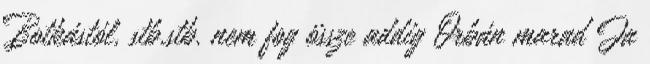
Botkástól, stb.stb. nem fog össze addig Orbán marad Ja